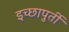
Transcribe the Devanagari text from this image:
इच्छापुर्ती